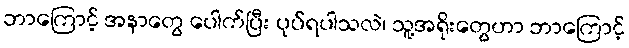
ဘာကြောင့် အနာတွေ ပေါက်ပြီး ပုပ်ရပါသလဲ၊ သူ့အရိုးတွေဟာ ဘာကြောင့်